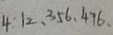
4 : 1 2 , 3 5 6 , 4 7 6 ,